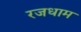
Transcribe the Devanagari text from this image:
रजधाम